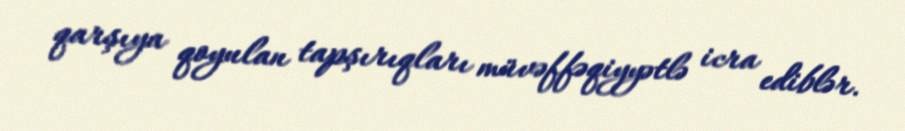
qarşıya qoyulan tapşırıqları müvəffəqiyyətlə icra ediblər.